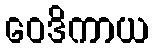
ဝေဒိကာယ